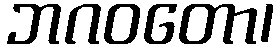
ဘဂဝတော၊